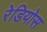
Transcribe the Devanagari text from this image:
रेडियोस